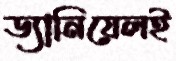
ড্যানিয়েলই